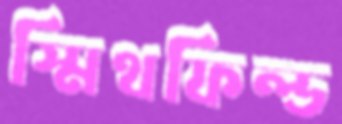
স্মিথফিল্ড